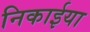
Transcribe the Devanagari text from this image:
निकाईया